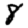
Digit: 8